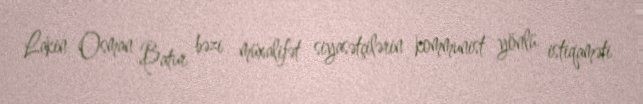
Lakin Osman Batur bəzi müxalifət siyasətçilərin kommunist yönlü istiqaməti